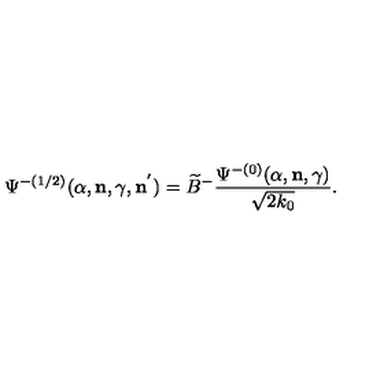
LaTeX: { \Psi } ^ { - ( 1 / 2 ) } ( \alpha , { \bf n } , \gamma , { \bf n } ^ { ' } ) = \widetilde { B } ^ { - } \frac { { \Psi } ^ { - ( 0 ) } ( \alpha , { \bf n } , \gamma ) } { \sqrt { 2 k _ { 0 } } } .